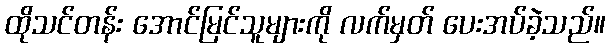
ထိုသင်တန်း အောင်မြင်သူများကို လက်မှတ် ပေးအပ်ခဲ့သည်။